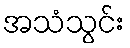
အသံသွင်း